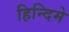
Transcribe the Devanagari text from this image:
हिन्दिमे